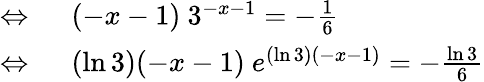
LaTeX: \begin{array}{rl}{\Leftrightarrow\ }&{{}(-x-1)\ 3^{-x-1}=-{\frac{1}{6}}}\\ {\Leftrightarrow\ }&{{}(\ln 3)(-x-1)\ e^{(\ln 3)(-x-1)}=-{\frac{\ln 3}{6}}}\end{array}